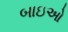
બાઇઓ